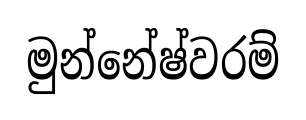
මුන්නේෂ්වරම්